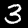
Label: 3